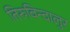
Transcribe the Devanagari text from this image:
तिरुविन्दालुर